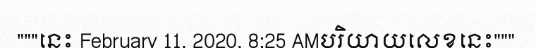
"""នេះ February 11, 2020, 8:25 AMបរិយាយលេខនេះ"""